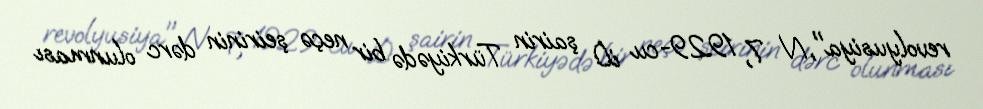
revolyusiya", N 7, 1929-cu il) şairin Türkiyədə bir neçə şeirinin dərc olunması